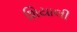
શિયાલી